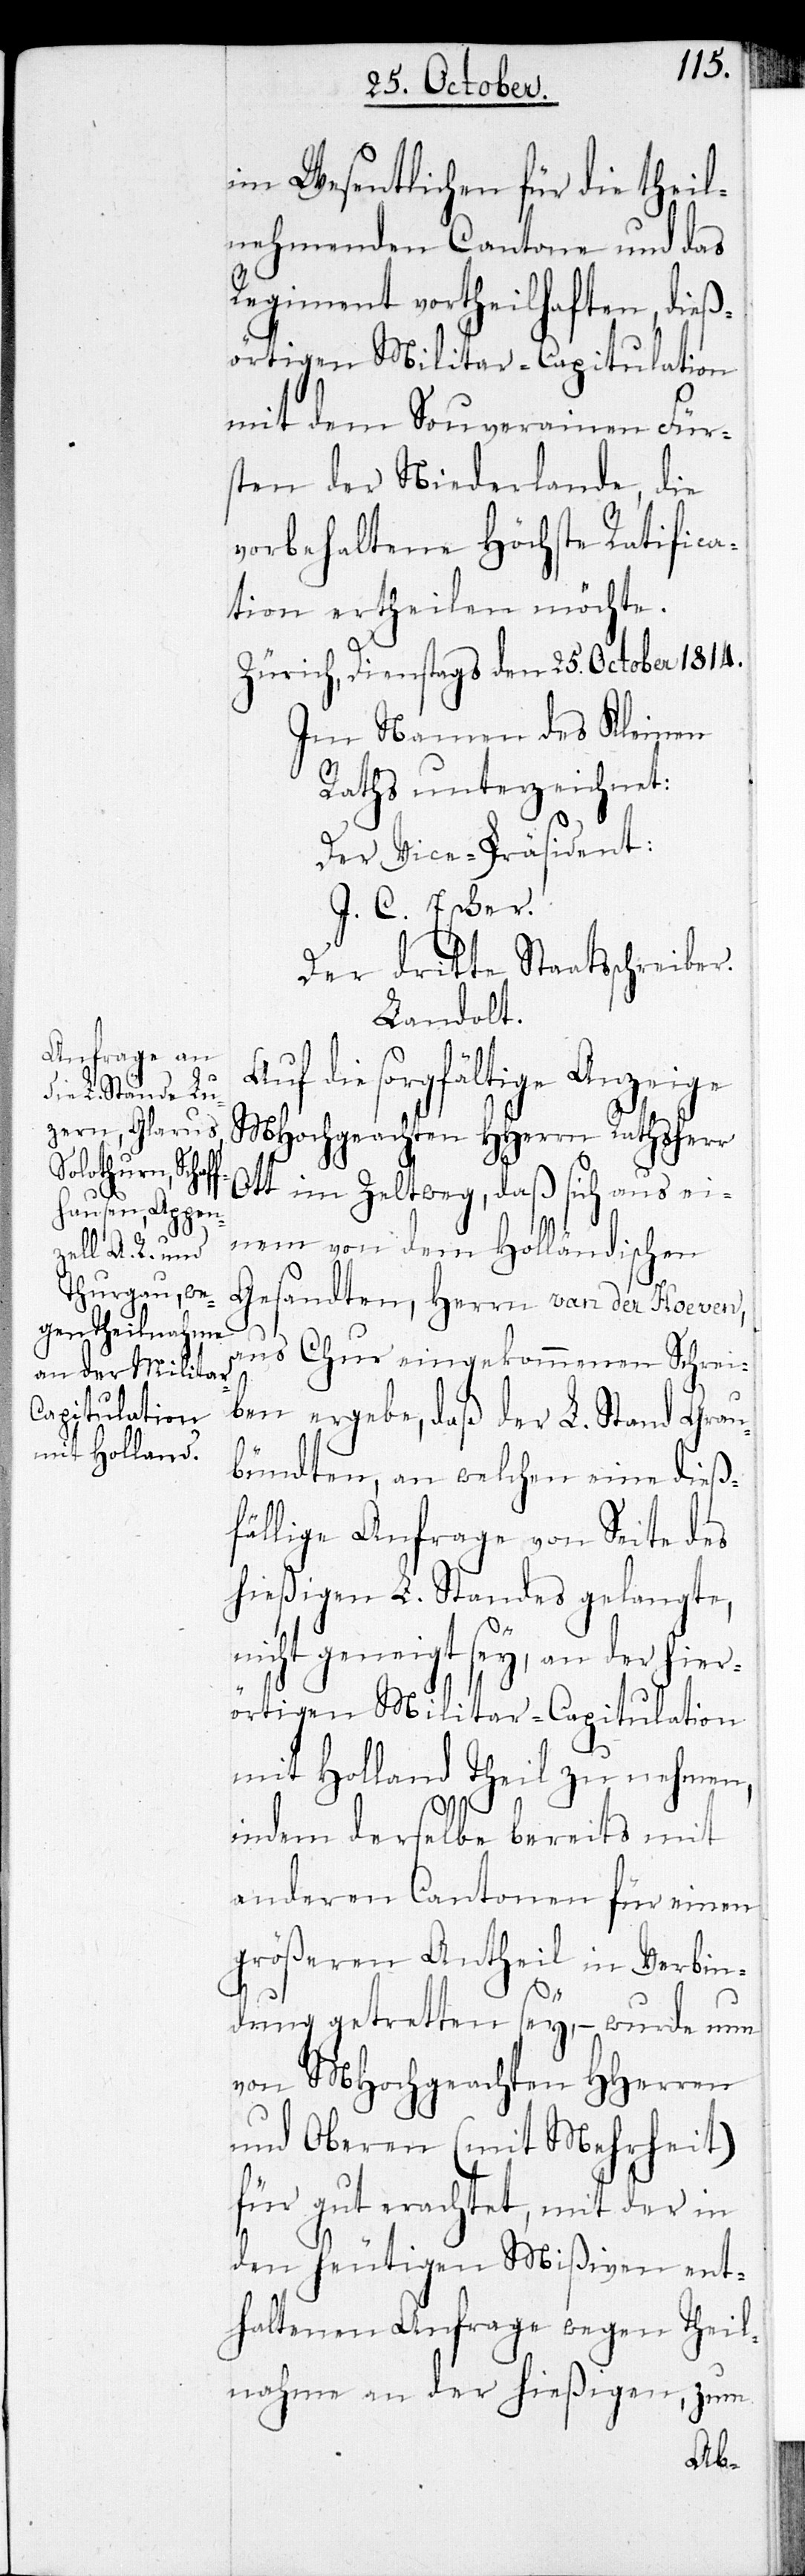
Ot¬
im Wesentlichen für die theil¬
nehmenden Cantone und das
Regiment vortheilhaften, dieß¬
örtigen Militair-Capitulation
mit dem Souverainen Für¬
sten der Niederlande, die
vorbehaltene Höchste Ratifica¬
tion ertheilen möchte.
Zürich, Dienstags den 25. Ocotber 1814.
Im Namen des Kleinen
Raths unterzeichnet:
Der Vice-Präsident:
J. C. Escher.
Der dritte Staatsschreiber.
Landolt.
die sorgfältige Anzeige
MHochgeachten HHerrn Rathsherr
t im Zeltweg, daß sich aus ei¬
nem von dem Holländischen
Gesandten, Herrn van der Hoeven,
aus Chur eingekommenen Schrei¬
ben ergebe, daß der L. Stand Grau¬
bündten, an welchen eine dieß¬
fällige Anfrage von Seite des
hießigen L. Standes gelangte,
nicht geneigt sey, an der hier¬
örtigen Militar-Capitulation
mit Holland Theil zu nehmen,
indem derselbe bereits mit
anderen Cantonen für einen
größeren Antheil in Verbin¬
dung getretten sey, – wurde nun
von MHochgeachten HHerren
und Oberen (mit Mehrheit)
für gut erachtet, mit der in
den heutigen Mißiven ent¬
haltenen Anfrage wegen Theil¬
nahme an der hießigen, zum